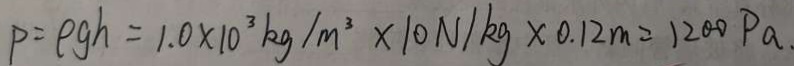
P = \rho g h = 1 . 0 \times 1 0 ^ { 3 } k g / m ^ { 3 } \times 1 0 N / k g \times 0 . 1 2 m = 1 2 0 0 P a